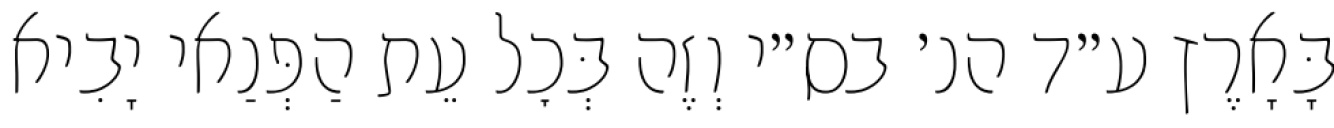
בָּאָרֶץ ע״ד הנ׳ בס״י וְזֶה בְּכׇל עֵת הַפְּנַאי יָבִיא